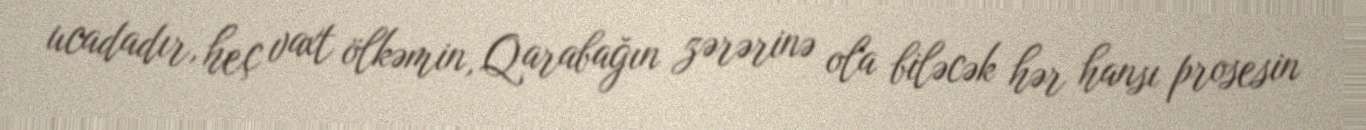
ucadadır, heç vaxt ölkəmin, Qarabağın zərərinə ola biləcək hər hansı prosesin